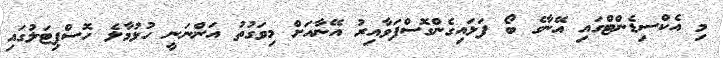
މި އެކްސިޑެންޓްގައި އޭނާގެ ބޯ ފަޅައިގެންގޮސްފަވާއިރު އޭނާއަށް މިވަގުތު އަންނަނީ ހުޅުމާލެ ހޮސްޕިޓަލުގައި